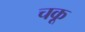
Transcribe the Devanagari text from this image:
चकू